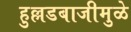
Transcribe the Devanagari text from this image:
हुल्लडबाजीमुळे